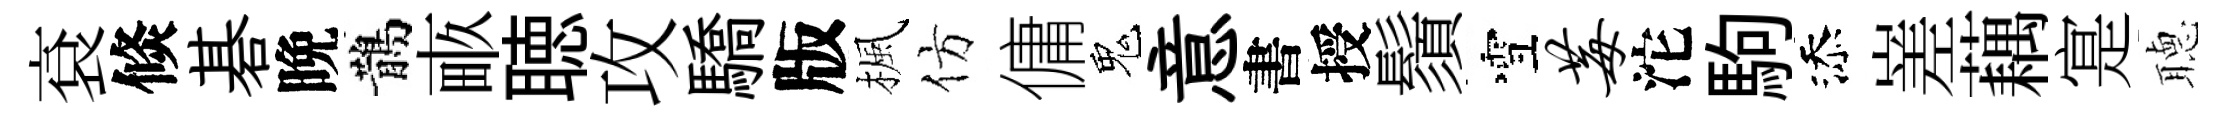
袞倐碁晩鵲畞聴攻驕版楓仿傭鬼意書授鬚雪莓沱駒添嵳藕寔𦗟